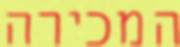
המכירה